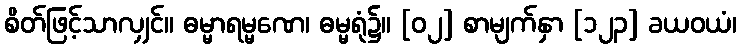
စိတ်ဖြင့်သာလျှင်။ ဓမ္မာရမ္မဏေ၊ ဓမ္မရုံ၌။ [၀၂] စာမျက်နှာ [၁၂၃] ခယဝယံ၊